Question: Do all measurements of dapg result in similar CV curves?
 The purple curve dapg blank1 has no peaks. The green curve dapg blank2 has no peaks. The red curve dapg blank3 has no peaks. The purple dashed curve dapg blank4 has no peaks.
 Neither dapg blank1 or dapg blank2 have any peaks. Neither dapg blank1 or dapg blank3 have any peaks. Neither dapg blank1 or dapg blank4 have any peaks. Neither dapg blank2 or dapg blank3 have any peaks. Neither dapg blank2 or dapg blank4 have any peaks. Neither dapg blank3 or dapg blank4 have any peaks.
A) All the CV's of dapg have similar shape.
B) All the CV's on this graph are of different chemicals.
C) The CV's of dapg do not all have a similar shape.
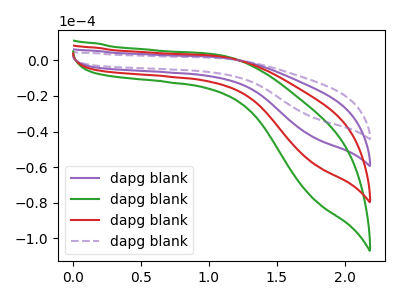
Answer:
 <answer>A) All the CV's of "dapg" have similar shape.</answer>
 <eval>A</eval>